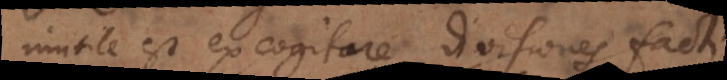
Inutile est excogitare divisiones facti,